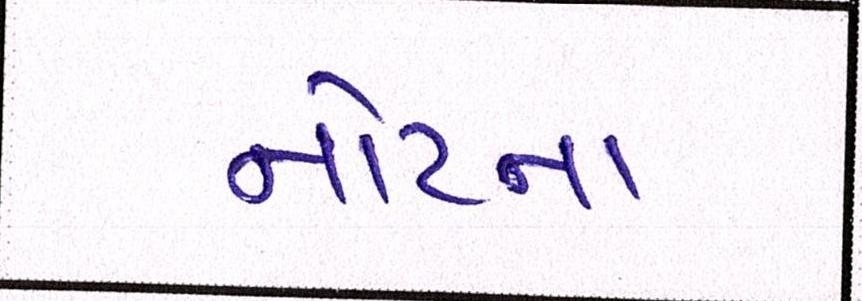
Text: નોટના